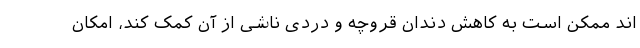
اند ممکن است به کاهش دندان قروچه و دردی ناشی از آن کمک کند، امکان